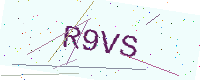
Text: R9VS